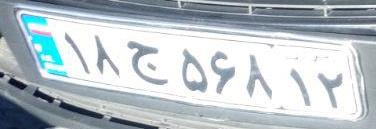
۱۸ج۵۶۸۱۲